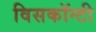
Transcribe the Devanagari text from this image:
विसकॉन्टी